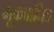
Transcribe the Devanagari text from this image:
मूकबाधित